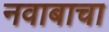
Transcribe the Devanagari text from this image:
नवाबाचा